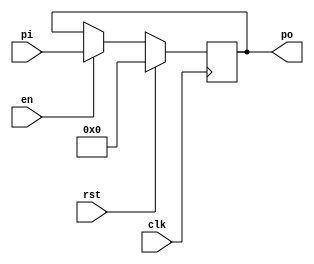
`timescale 1ns/1ns

module EnRegister (clk, pi, po, en, rst);
parameter size = 8;
input clk, en, rst;
input [size-1:0] pi;
output reg [size-1:0] po = 0;

always @(posedge clk) begin
    if (rst)
        po <= 0;
    else if (en)
        po <= pi;
end
    
endmodule